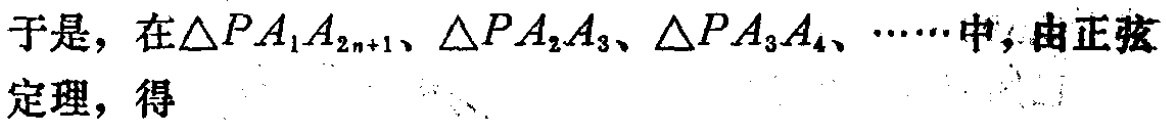
于是，在\(\triangle PA_{1}A_{2n + 1}\)、\(\triangle PA_{2}A_{3}\)、\(\triangle PA_{3}A_{4}\)、\(\cdots\cdots\)中，由正弦定理，得